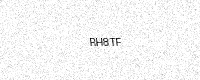
Text: RH8TF